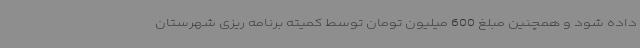
داده شود و همچنین مبلغ 600 میلیون تومان توسط کمیته برنامه ریزی شهرستان